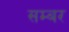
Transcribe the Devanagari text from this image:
सम्बर